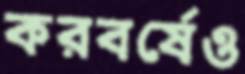
করবর্ষেও